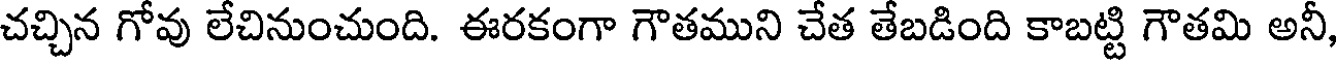
చచ్చిన గోవు లేచినుంచుంది. ఈరకంగా గౌతముని చేత తేబడింది కాబట్టి గౌతమి అనీ,